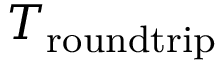
T _ { \mathrm { r o u n d t r i p } }